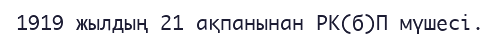
1919 жылдың 21 ақпанынан РК(б)П мүшесі.